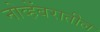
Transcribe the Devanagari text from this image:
नोव्हेंबरातील